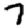
Digit: 7